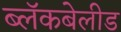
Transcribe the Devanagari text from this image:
ब्लॅकबेलीड